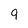
Character: 9